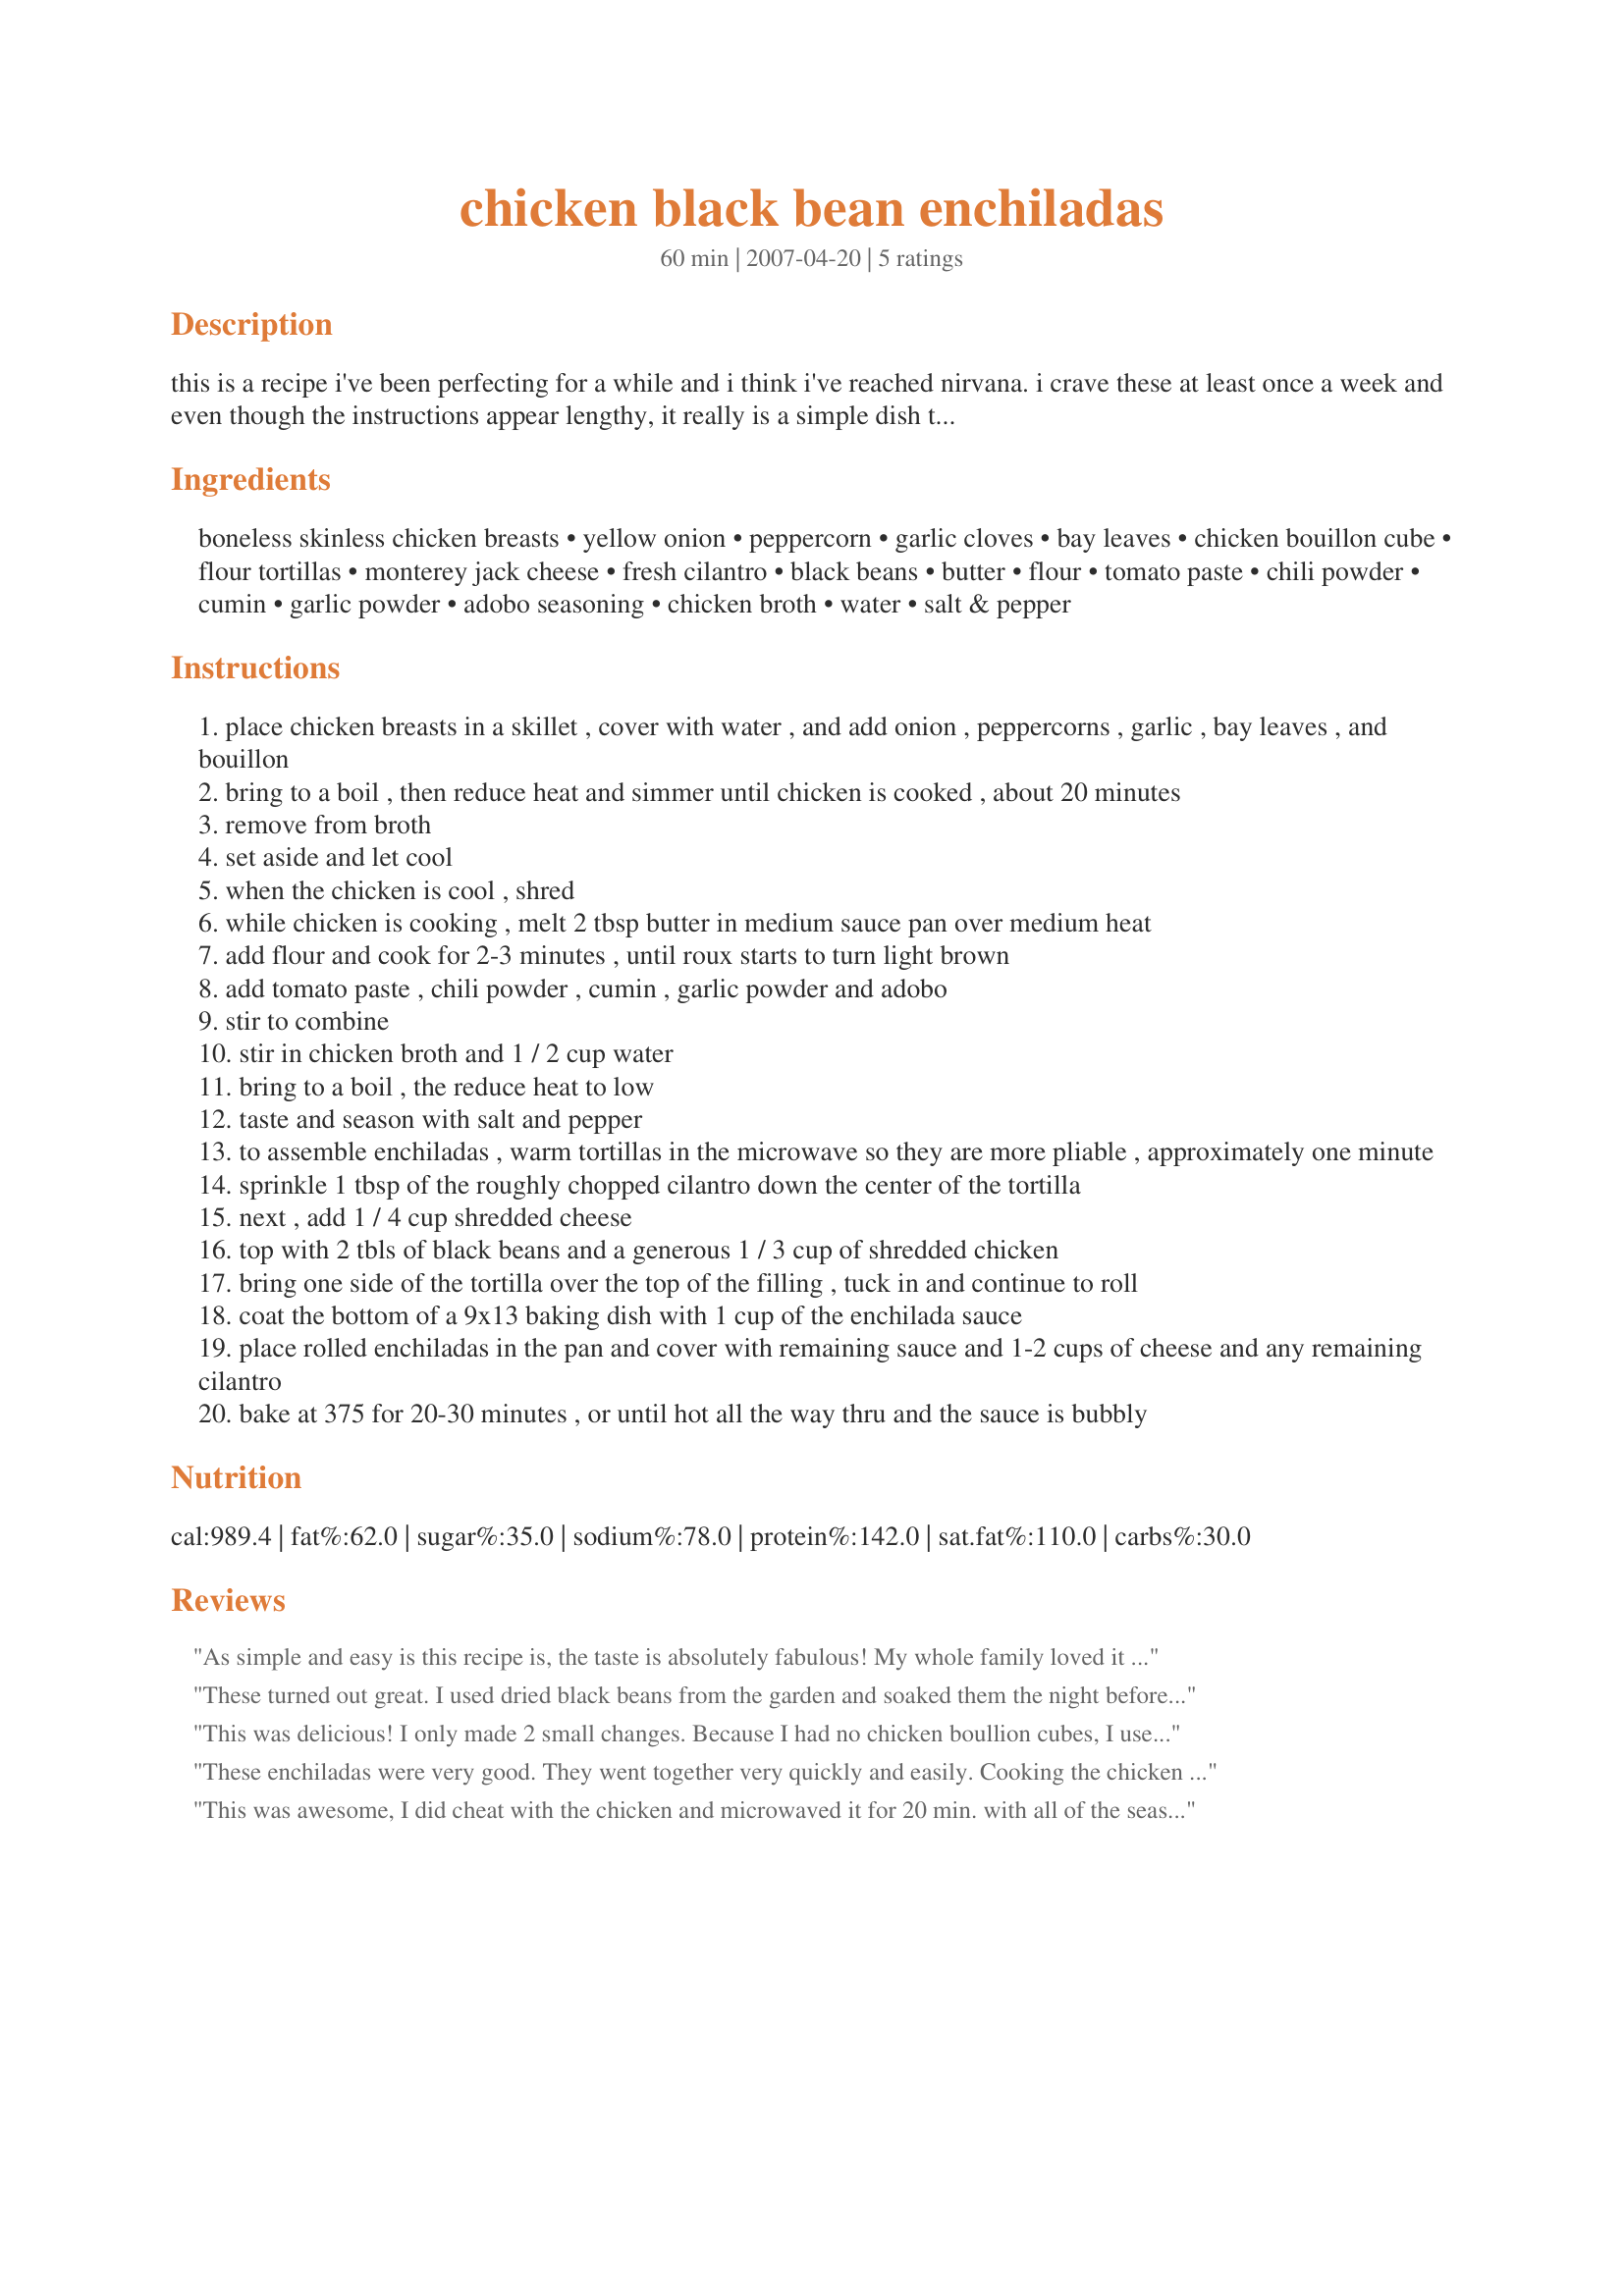
chicken black bean enchiladas
Preparation time: 60 minutes

this is a recipe i've been perfecting for a while and i think i've reached nirvana. i crave these at least once a week and even though the instructions appear lengthy, it really is a simple dish to prepare and well worth the effort. hubby has told me that if i ever open a restuarant that these should be on the menu, as they are far better than any enchiladas we've ever had dining out. and for those of you who claim to not like cilantro, please give this a try. if you didn't know better, you wouldn't know it had cilantro in it. the taste is just a hint of freshness when combined with everything else. cooking the chicken in it's own little soup bath really gives it a nice subtle flavor too. i suppose if you were pressed for time, you could use a rotisserie chicken. i've also used other cheeses than monterey jack, but find that the jack is the best flavor combination. i have to admit, that most of the measurements are my best guess - feel free to use a little more or little less of any of the enchilada fillings, but i think what i've listed is pretty close to what i do. also, if you prefer your sauce with a little heat to it, you could add in a little cayenne, but don't do to much and cover up all the other lovely flavors. i serve these with beans and rice on the side, and a little dollop of sour cream on the top. i have to admit, i'm pretty proud of this dish and hope you'll enjoy it as much as i do.

Ingredients:
boneless skinless chicken breasts, yellow onion, peppercorn, garlic cloves, bay leaves, chicken bouillon cube, flour tortillas, monterey jack cheese, fresh cilantro, black beans, butter, flour, tomato paste, chili powder, cumin, garlic powder, adobo seasoning, chicken broth, water, salt & pepper

Steps:
place chicken breasts in a skillet , cover with water , and add onion , peppercorns , garlic , bay leaves , and bouillon
bring to a boil , then reduce heat and simmer until chicken is cooked , about 20 minutes
remove from broth
set aside and let cool
when the chicken is cool , shred
while chicken is cooking , melt 2 tbsp butter in medium sauce pan over medium heat
add flour and cook for 2-3 minutes , until roux starts to turn light brown
add tomato paste , chili powder , cumin , garlic powder and adobo
stir to combine
stir in chicken broth and 1 / 2 cup water
bring to a boil , the reduce heat to low
taste and season with salt and pepper
to assemble enchiladas , warm tortillas in the microwave so they are more pliable , approximately one minute
sprinkle 1 tbsp of the roughly chopped cilantro down the center of the tortilla
next , add 1 / 4 cup shredded cheese
top with 2 tbls of black beans and a generous 1 / 3 cup of shredded chicken
bring one side of the tortilla over the top of the filling , tuck in and continue to roll
coat the bottom of a 9x13 baking dish with 1 cup of the enchilada sauce
place rolled enchiladas in the pan and cover with remaining sauce and 1-2 cups of cheese and any remaining cilantro
bake at 375 for 20-30 minutes , or until hot all the way thru and the sauce is bubbly

Reviews:
As simple and easy is this recipe is, the taste is absolutely fabulous! My whole family loved it and it really didn&#039;t take long to make. To think I used to buy enchilada sauce already made in a can--I will never do that again. The sauce in this recipe is very easy and oh so tasty. Thank you for this recipe which I will be making on a regular basis.
These turned out great. I used dried black beans from the garden and soaked them the night before. Usually I just used canned enchilada sauce but this homemade version was much better. Everything had a good flavor and consistency.
This was delicious! I only made 2 small changes. Because I had no chicken boullion cubes, I used chicken stock in the poaching liquid for the chicken. Then for the sauce, I reused the strained poaching liquid instead of adding new chicken broth. I used the really nice San Marzano tomato paste that you can buy in a tube. The sauce was killer! Even my picky, British-food-loving husband, who does not like Mexican food, enjoyed it. Kater, you are justified in being proud of this recipe.
These enchiladas were very good. They went together very quickly and easily. Cooking the chicken in the bouillon and spices really gave it a fantastic flavor. My chicken breasts were large so I used 3 instead of 4. For the sauce, I added the larger amount of water as I wanted it a little thinner. Also, I added the adobo seasoning (from "The Spice House"), and some sugar to give it a little more flavor. I used soft taco sized flour tortillas and there was enough filling to make 8 large enchiladas. My family enjoyed these very much, and I will definitely be making them again. Thank you for sharing this great recipe.
This was awesome, I did cheat with the chicken and microwaved it for 20 min. with all of the seasonings in the water and it came out great. I ended up with 8 enchiladas. I made two without cheese for me and they were really good too! Thanks for posting such a yummy recipe
